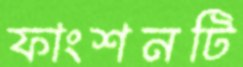
ফাংশনটি